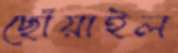
ছোঁয়াইল